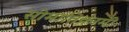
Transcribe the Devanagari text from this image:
सीमातिक्रामी